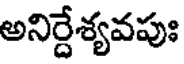
అనిర్దేశ్యవపుః